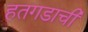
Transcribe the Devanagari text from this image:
हतगडाची